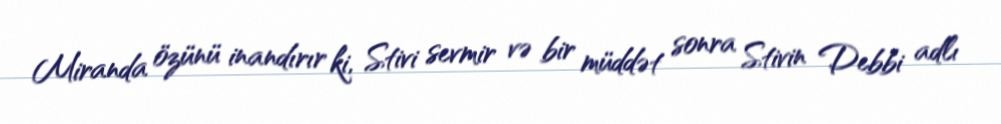
Miranda özünü inandırır ki, Stivi sevmir və bir müddət sonra Stivin Debbi adlı